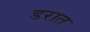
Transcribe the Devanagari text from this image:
डरात